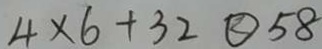
4 \times 6 + 3 2 \textcircled { < } 5 8